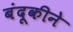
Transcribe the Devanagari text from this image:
बंदूकीने